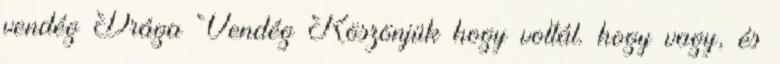
vendég Drága Vendég Köszönjük hogy voltál. hogy vagy, és